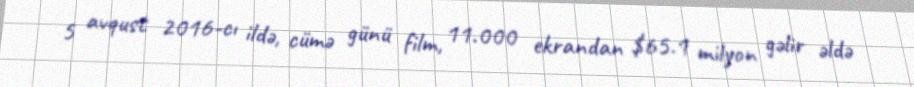
5 avqust 2016-cı ildə, cümə günü film, 11.000 ekrandan $65.1 milyon gəlir əldə